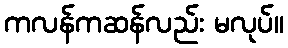
ကလန်ကဆန်လည်း မလုပ်။